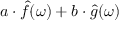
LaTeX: a \cdot { \hat { f } } ( \omega ) + b \cdot { \hat { g } } ( \omega )